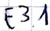
Text: E3.1